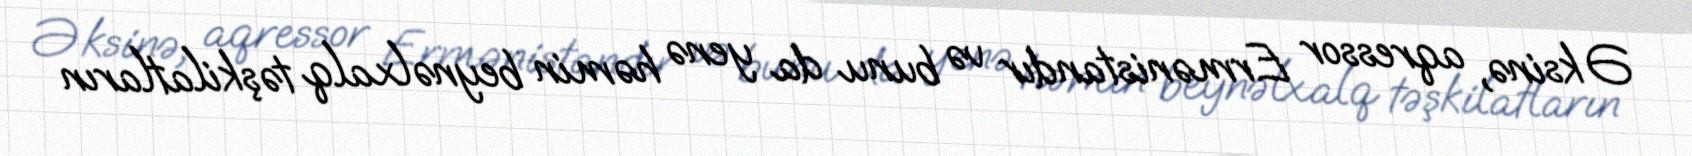
Əksinə, aqressor Ermənistandır və bunu da yenə həmin beynəlxalq təşkilatların